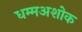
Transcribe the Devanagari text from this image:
धम्मअशोक